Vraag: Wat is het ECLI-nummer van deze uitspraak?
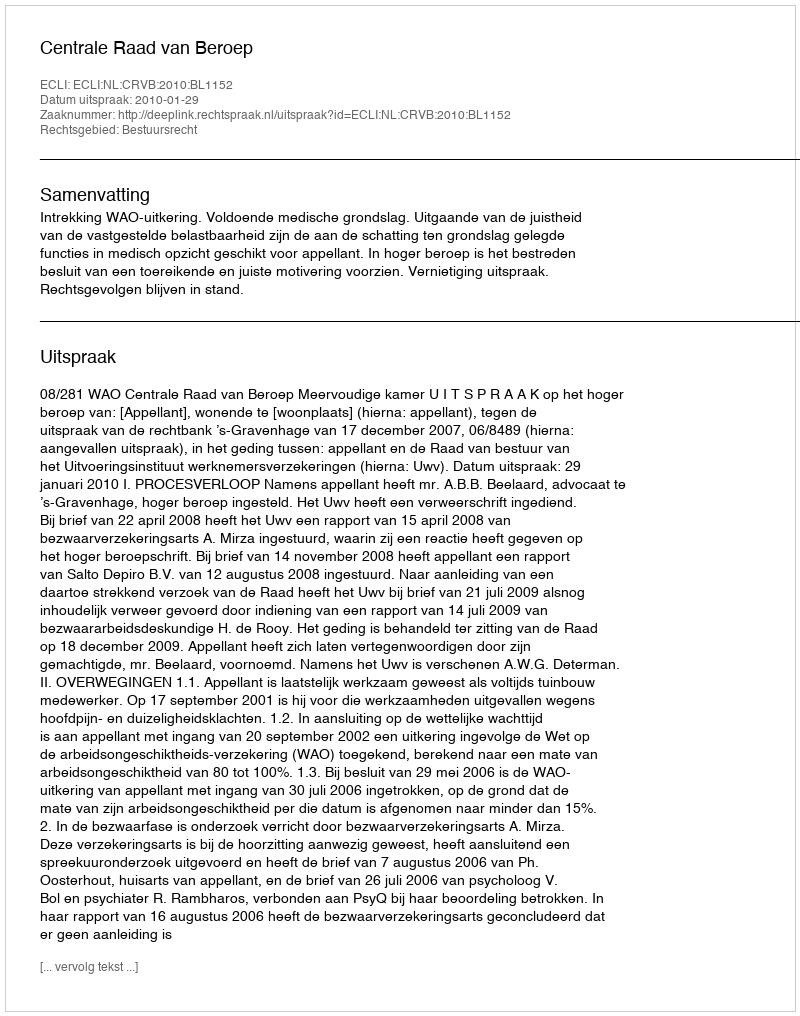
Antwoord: ECLI:NL:CRVB:2010:BL1152